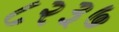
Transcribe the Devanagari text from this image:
८२३७